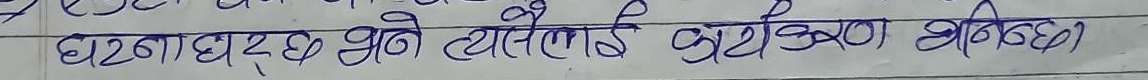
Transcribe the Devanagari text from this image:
घटना घट्छ अनि त्यसलाई कार्यकरण भनिन्छ।